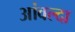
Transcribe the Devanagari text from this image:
आंवल्दा